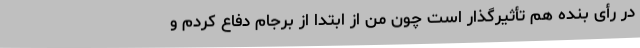
در رأی بنده هم تأثیرگذار است چون من از ابتدا از برجام دفاع کردم و